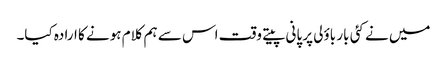
میں نے کئی بار باؤلی پر پانی پیتے وقت اس سے ہم کلام ہونے کا ارادہ کیا۔